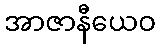
အာဇာနီယေဝ